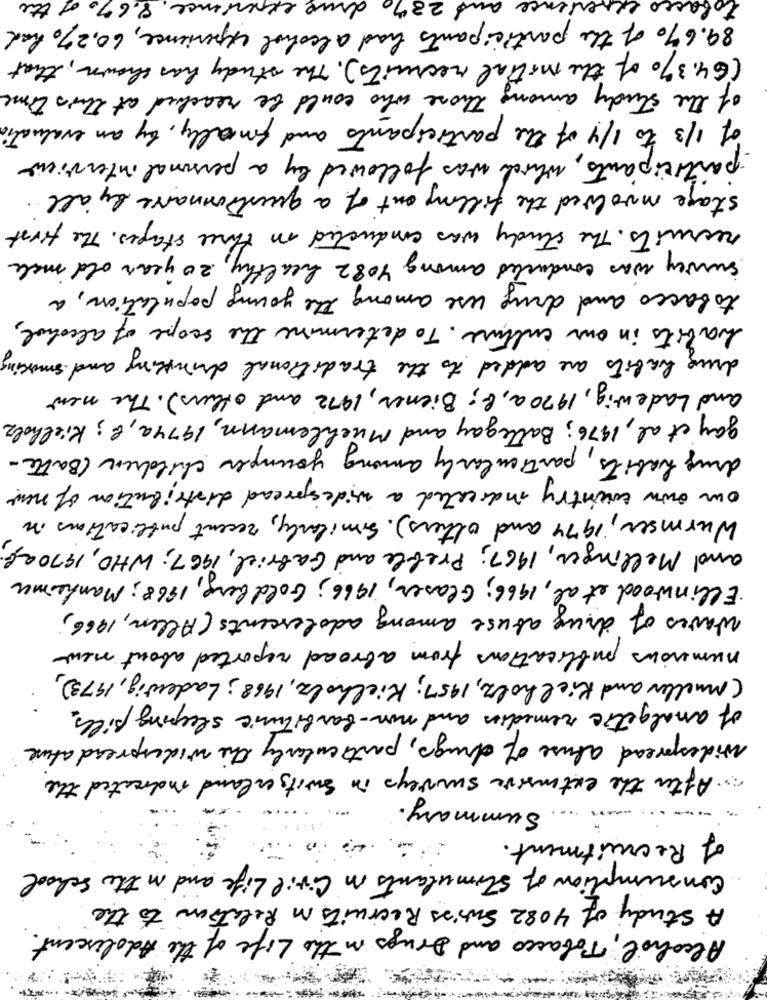
8.6%, of the
28% drug experience
tobacco experience
89.6% of the participants had alcohol experience, 60,2% had
(64.3% of the matial recruits ) . The study has shown , that
of the study among those who could be reached at this time
of 1/3 to 1/4 of the participants and finally, by an evaluation
participants, which was followed by a personal interview
stage involved the filling out of a questionnaire by all
recruits . The study was conducted in three stages . The first
survey was conducted among 4082 healthy, 20 years old male
tobacco and drug use among the young population , a
habits in our culture. To determine the scope of alcohol,
drug habits are added to the traditional drinking and smoking
and Ladewig, 1970 a, G; Biener, 1972 and others). The new
gay et al, 1976; Ballegay and Muchlemann, 1974a, G; Kielholz
drug habits, particularly among younger children (Batte-
our own country indicated a widespread distribution of new
Wurmser, 1974 and others). Similarly, recent publications in
and Mellinger, 1967; Preble and Gabriel, 1967; WHO, 1970a5;
·Ellinwood et al, 1966; Glaser, 1966; Goldberg, 1968; Manheimer
waves of drug abuse among adolescents (Allen, 1966;
numerous publications from abroad reported about new
(Mueller and Kielholz, 1957; Kielholz, 1968; Ladewig, 1973),
of analgetic remedies and non-barbituric sleeping pills.
widespread abuse of drugs , particularly the widespread ature
After the extensive surveys in switzerland indicated the
Summary.
of Recruitment.
Consumption of stimulants in Civil Life and in the School
A Study of 4082 Swiss Recruits in Relation to the
Alcohol, Tobacco and Drugs in the Life of the Adolescent.